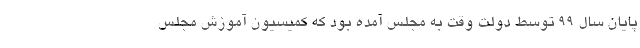
پایان سال ۹۹ توسط دولت وقت به مجلس آمده بود که کمیسیون آموزش مجلس